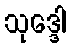
သုဒ္ဒေါ